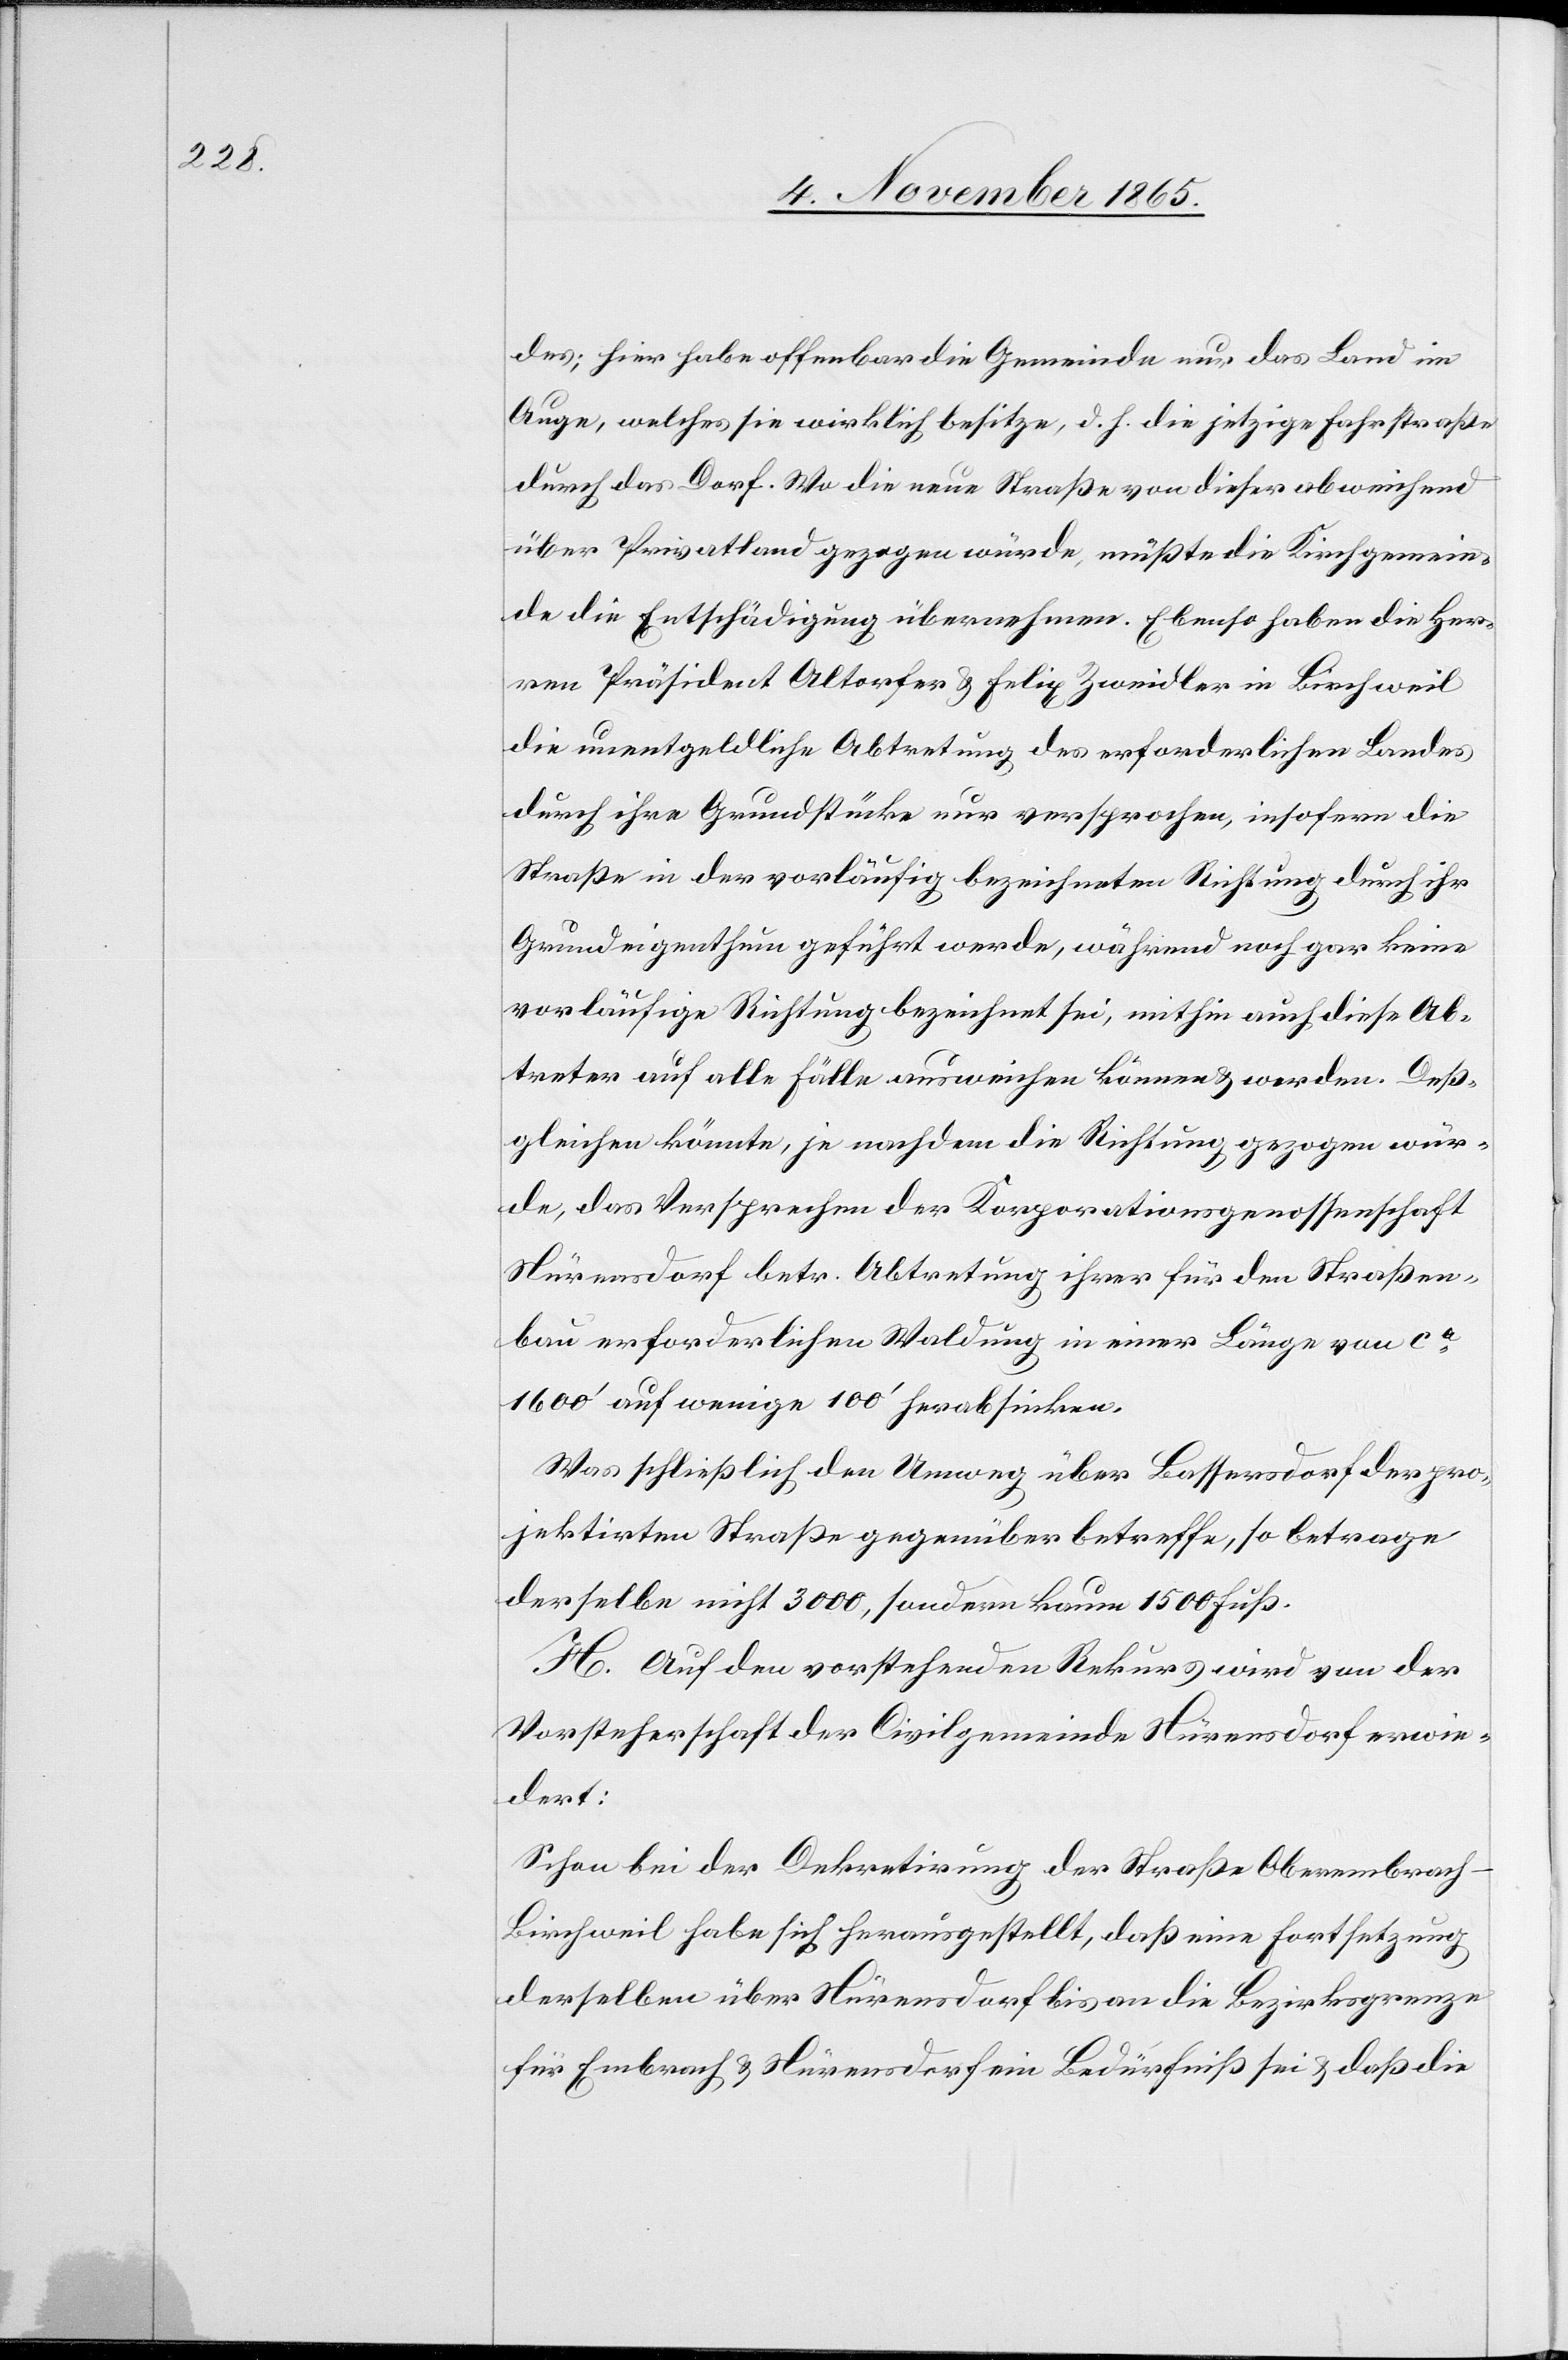
des; hier habe offenbar die Gemeinde nur das Land im
Auge, welches sie wirklich besitze, d. h. die jetzige Fahrstraße
durch das Dorf. Wo die neue Straße von dieser abweichend
über Privatland gezogen würde, müßte die Kirchgemein¬
de die Entschädigung übernehmen. Ebenso haben die Her¬
ren Präsident Altorfer & Felix Zweidler in Birchweil
die unentgeldliche Abtretung des erforderlichen Landes
durch ihre Grundstücke nur versprochen, insofern die
Straße in der vorläufig bezeichneten Richtung durch ihr
Grundeigenthum geführt werde, während noch gar keine
vorläufige Richtung bezeichnet sei, mithin auch diese Ab¬
treter auf alle Fälle ausweichen können & werden. Deß¬
gleichen könnte, je nachdem die Richtung gezogen wür¬
de, das Versprechen der Korporationsgenossenschaft
Nürensdorf betr. Abtretung ihrer für den Straßen¬
bau erforderlichen Waldung in einer Länge von ca
1600’ auf wenige 100’ herabsinken.
Was schließlich den Umweg über Bassersdorf der pro¬
jektirten Straße gegenüber betreffe, so betrage
derselbe nicht 3000, sondern kaum 1500 Fuß.
H. Auf den vorstehenden Rekurs wird von der
Vorsteherschaft der Civilgemeinde Nürensdorf erwie¬
dert:
Schon bei der Dekretirung der Straße Oberembrach–B¬
irchweil habe sich herausgestellt, daß eine Fortsetzung
derselben über Nürensdorf bis an die Bezirksgrenze
für Embrach & Nürensdorf ein Bedürfniß sei & daß die